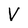
Character: V